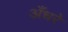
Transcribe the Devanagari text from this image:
अँधरे